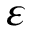
\varepsilon